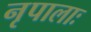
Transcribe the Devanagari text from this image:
नृपालाः